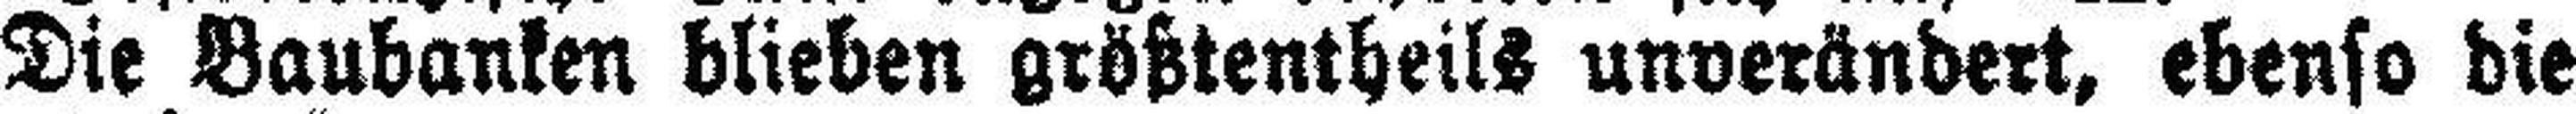
Die Baubanken blieben größtentheils unverändert, ebenso die